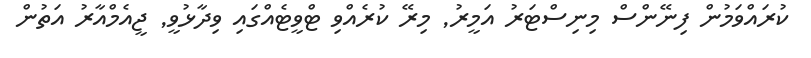
ކުރައްވަމުން ފިނޭންސް މިނިސްޓަރު އަމީރު